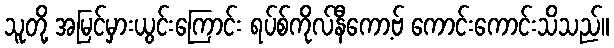
သူတို့ အမြင်မှားယွင်းကြောင်း ရပ်စ်ကိုလ်နီကော့ဗ် ကောင်းကောင်းသိသည်။